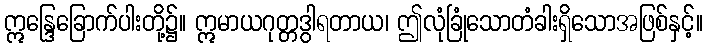
ဣန္ဒြေခြောက်ပါးတို့၌။ ဣမာယဂုတ္တဒွါရတာယ၊ ဤလုံခြုံသောတံခါးရှိသောအဖြစ်နှင့်။